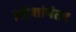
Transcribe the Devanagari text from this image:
प्रदेशांनंतर